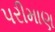
પરીમાણ